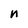
Character: n